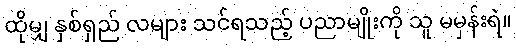
ထိုမျှ နှစ်ရှည် လများ သင်ရသည့် ပညာမျိုးကို သူ မမှန်းရဲ။